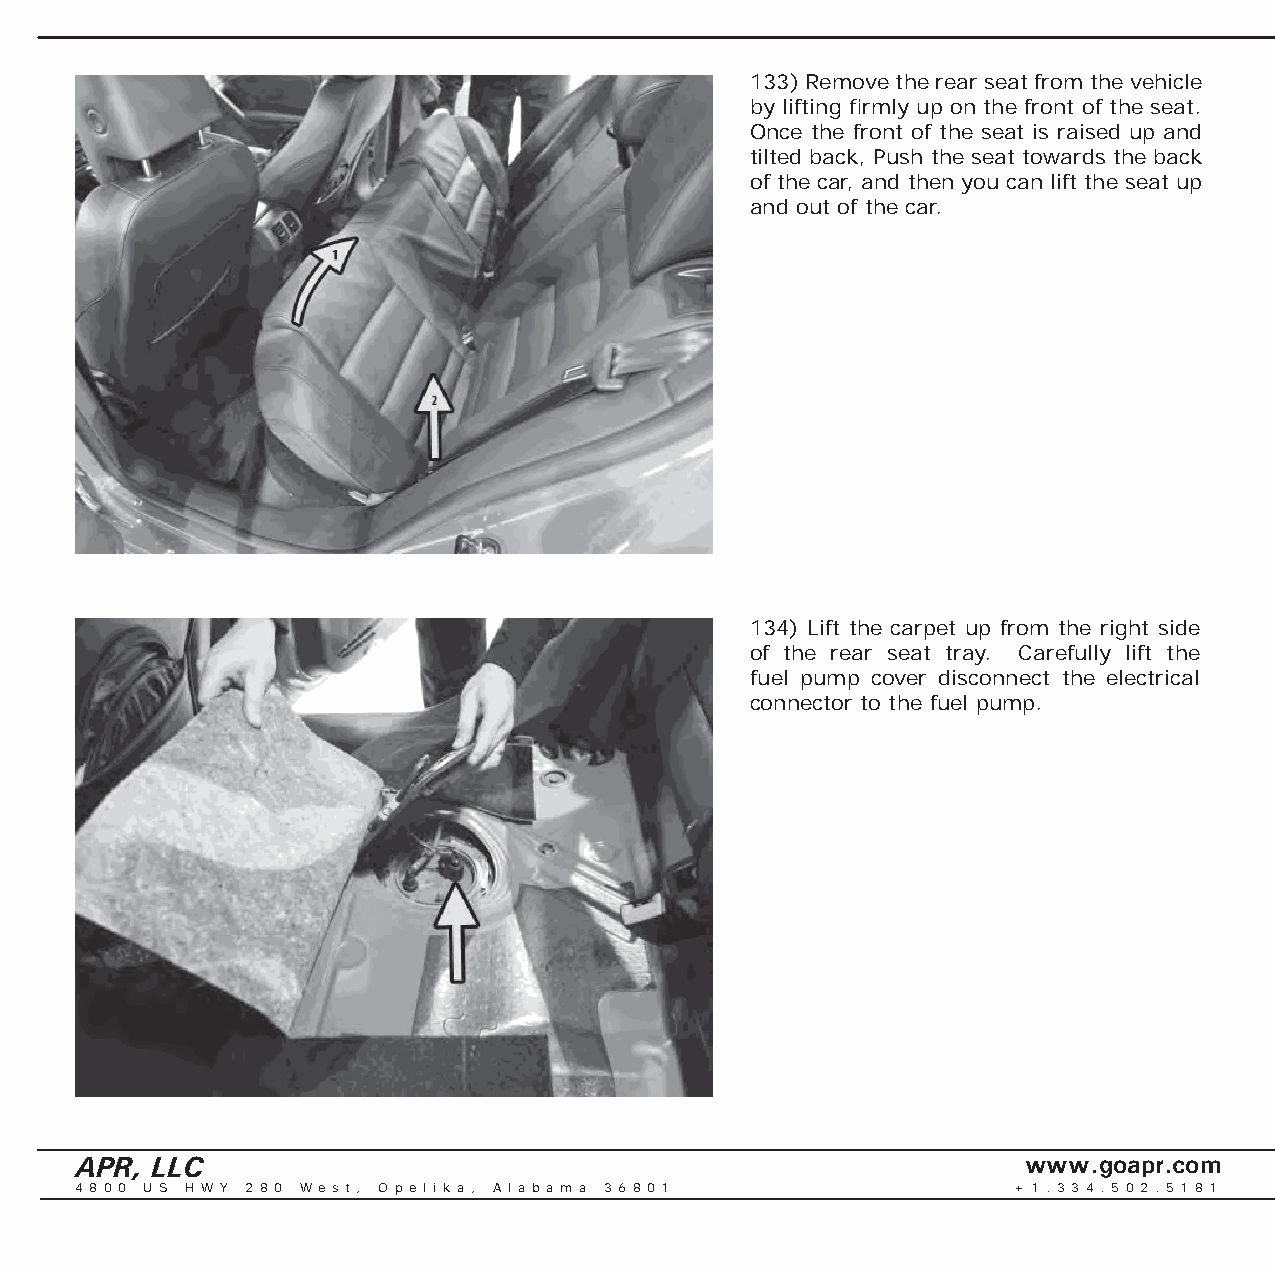
133) Remove the rear seat from the vehicle
 by lifting fi rmly up on the front of the seat.
 Once the front of the seat is raised up and
 tilted back, Push the seat towards the back
 of the car, and then you can lift the seat up
 and out of the car.
 134) Lift the carpet up from the right side
 of the rear seat tray. Carefully lift the
 fuel pump cover disconnect the electrical
 connector to the fuel pump.
 APR, LLC                                                       www.goapr.com
 4 8 0 0 U S H W Y 2 8 0 We s t , O p e l i k a , A l a b a m a 3 6 8 0 1 + 1 . 3 3 4 . 5 0 2 . 5 1 8 1